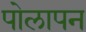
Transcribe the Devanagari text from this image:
पोलापन